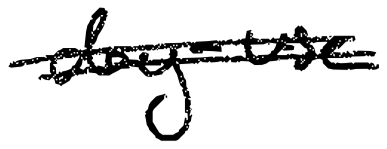
Text: day-use
Cross-out: mix
Writing tool: digital_black